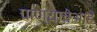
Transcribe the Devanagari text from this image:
पाण्याचेआहे